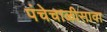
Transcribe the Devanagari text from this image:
पंचेचाळीसावा